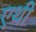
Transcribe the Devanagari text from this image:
एथी